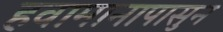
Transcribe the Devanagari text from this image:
हवामानापासुन